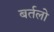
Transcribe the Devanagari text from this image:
बर्तलो